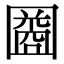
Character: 𫭒